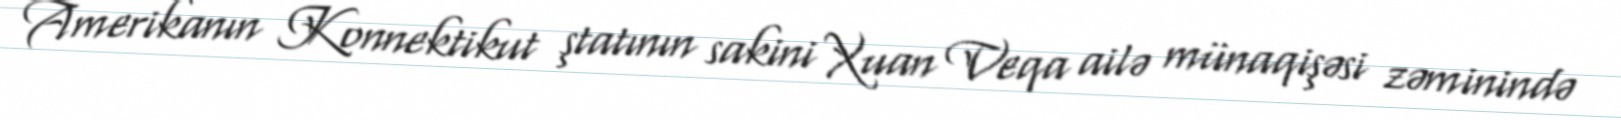
Amerikanın Konnektikut ştatının sakini Xuan Veqa ailə münaqişəsi zəminində